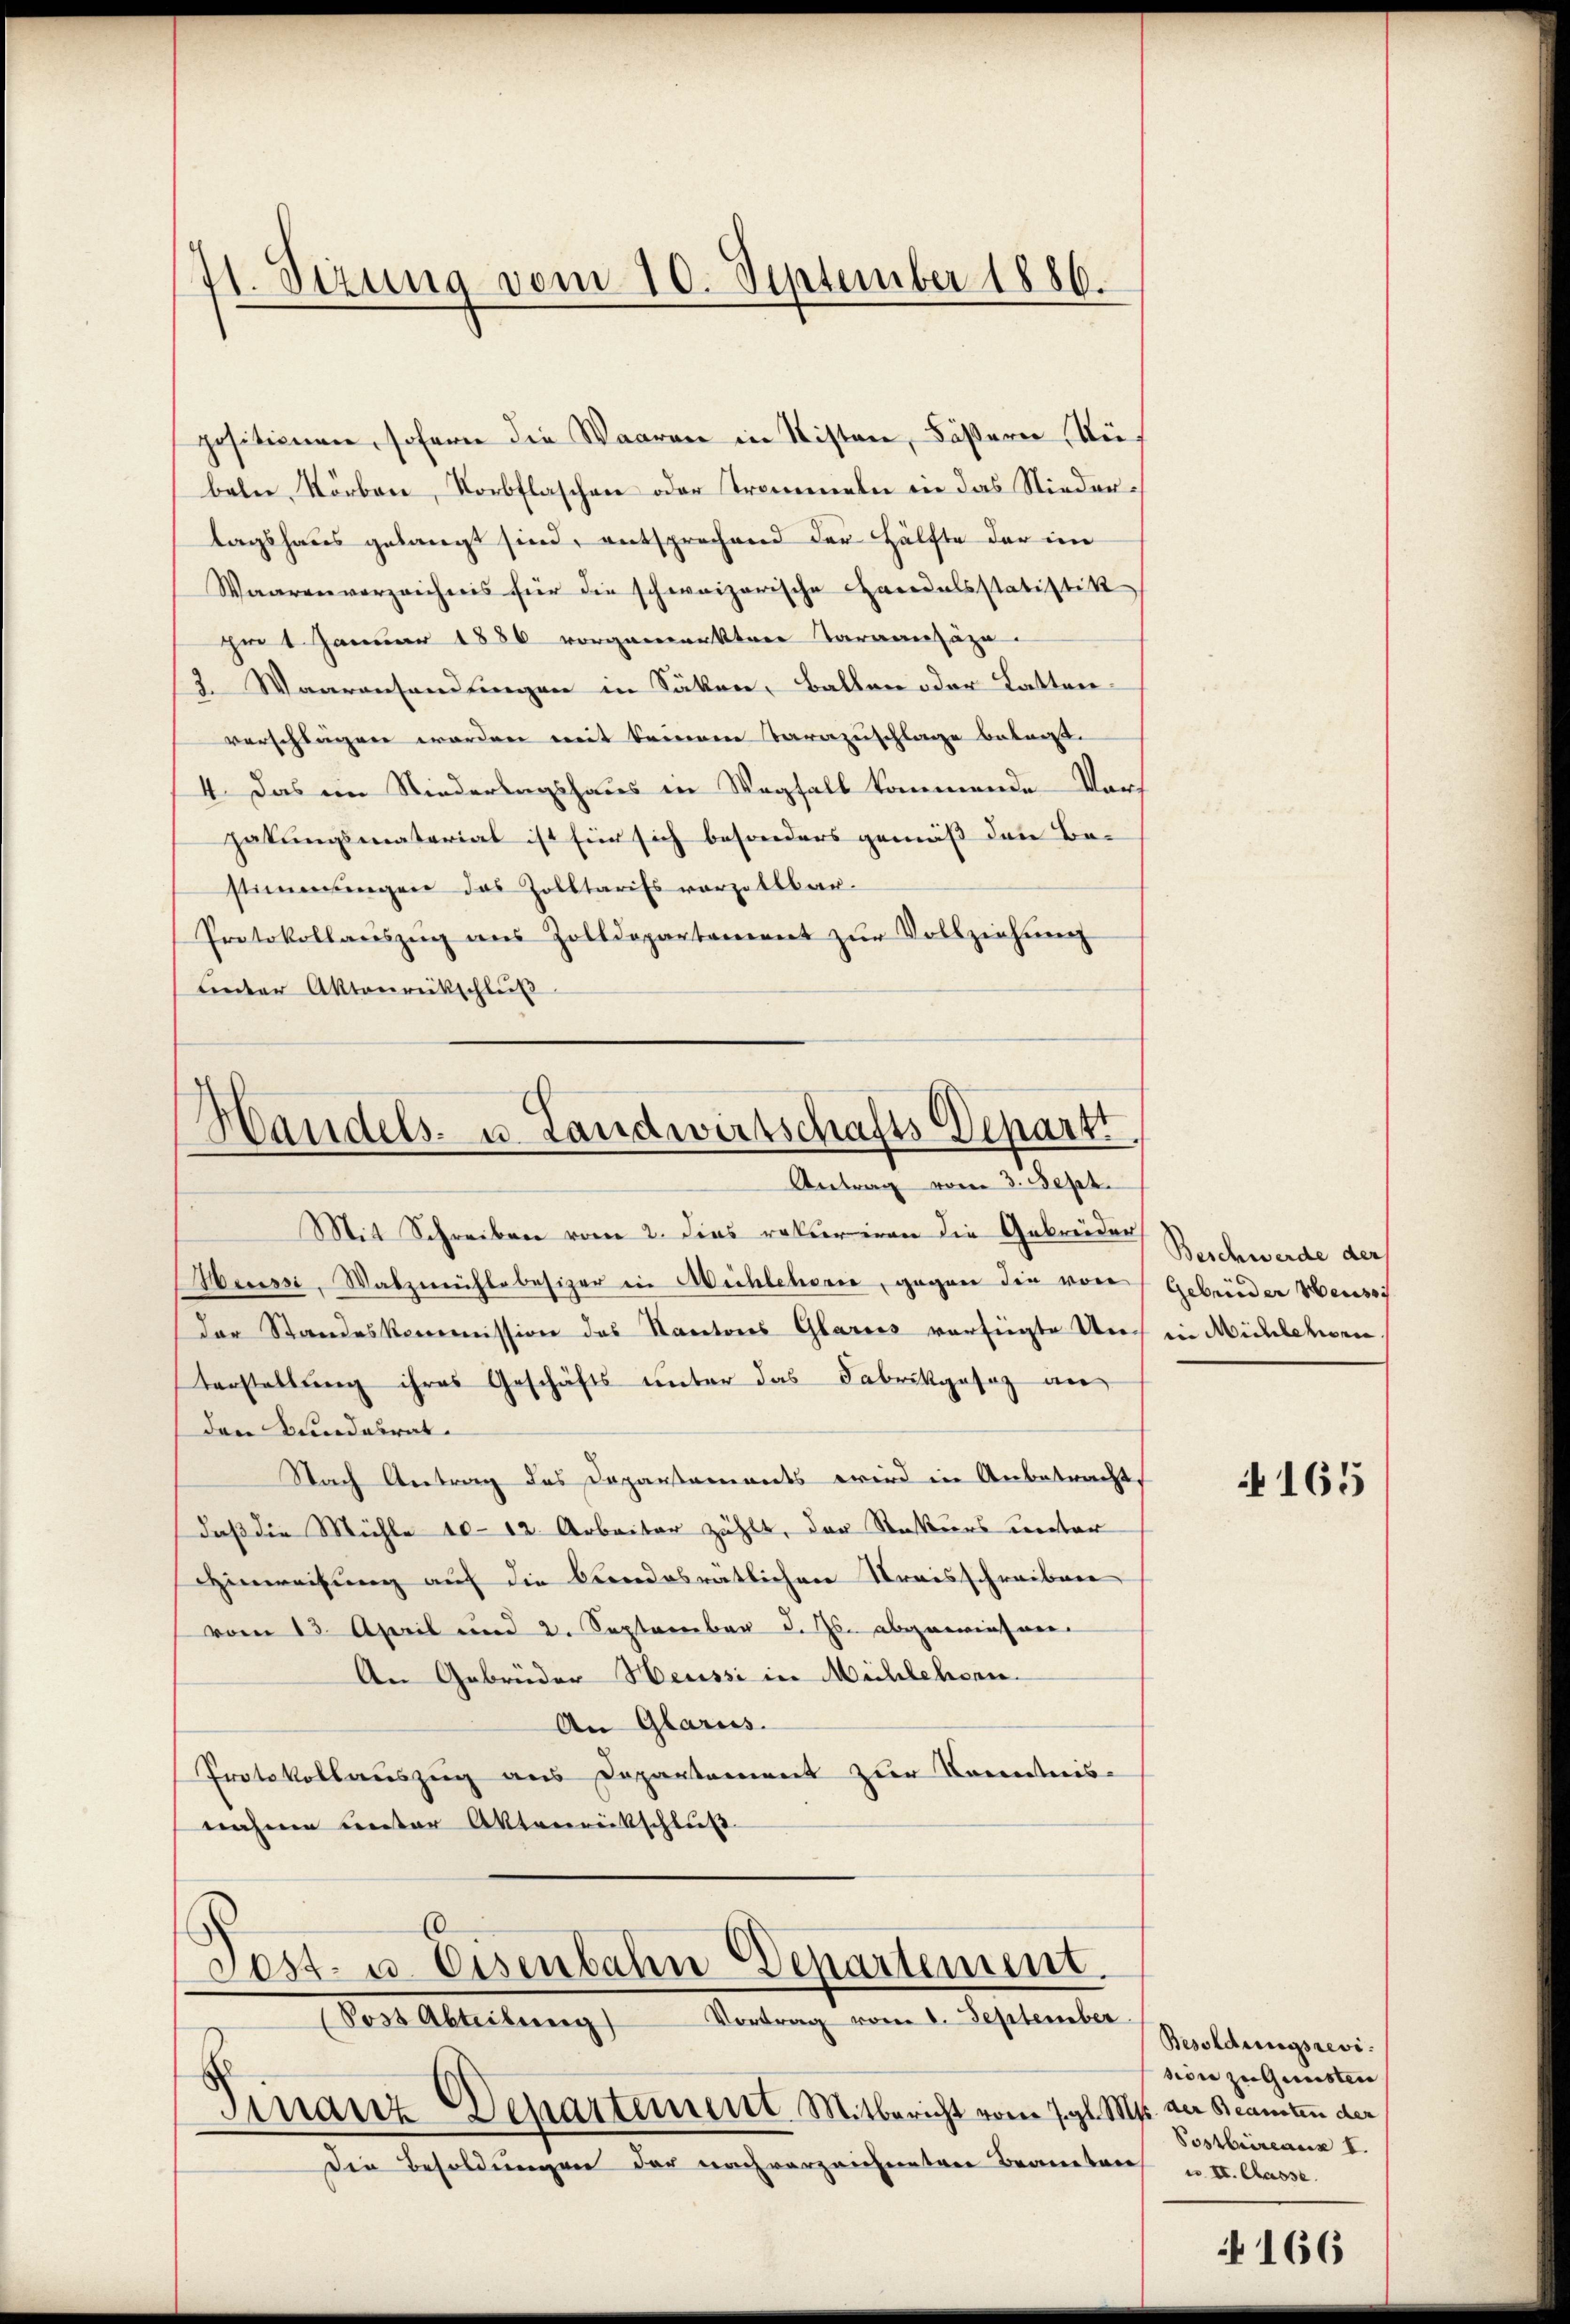
41. Sezung vom 10. September 1886.

positionen, sofern die Waaren in Nisten, Fäßern Aus
beln Körben, Korbflaschen oder Trommeln in das Niedertagshaus gelangt sind, entsprechend der Hälfte der im
Waarenverzeichnis für die schweizerische Caredalsstatistik
im 1. Januar 1886 vorgemerkten Taraanzäze
2. Waarensandtingen in Säken, Ballen oder Latten
verschlägen worden mit keinem Tarazuschlage betraf.
4. Das im Niederlagshaus in Wegfall kommende Vorhabungsmaterial ist für sich besonders gemäß den Bestimmungen das Zolltarifs vorzellbar.
Protokollaŭszŭg aŭs Zolldepartament zŭr Vollziehŭng
unter Aktenrückschluß

d
Handels- u. Landwirtschafts Departi
Antrag vom 3. Sept.

Post- u. Eisenbahn Departement.
Post Abteilŭng Vortrag vom 1. September.

Mit Schreiben vom 2. Dies ratier in die Gebreider
Weressi, Walzmühlebesizer in Michlehorn, gegen die von
der Standeskommission des Kantons Glarus verfügte Un-
terstellung ihres Geschäfts unter das Fabrikgesaz an
den Bundesrat
Nach Antrag des Dopansaments wird in Anbetracht
daß die Mühle 10-12. Arbeiter zählt, der Rekurs unter
Hinweisung auf die bundesrätlichen Kreisschreiben
vom 13. April und 2. September d. Js. abgewinne
An Gebrüder Heussi in Mühlehorn.
An Glarus.
Protokollauszug aus Departement zur Kenntnis-
nahme unter Aktenrückschluß

Finanz-Departement. Mitbericht vom 7. gl. Ms. der Beamten der
Die Besoldungen der nach vorzeichneten Brandten u. II. Classe.

Beschwerde der
Gebrüder Heussi
in Michlehor

4165

Besoldungsrevisidie zu Gunsten
Postbureaux I.

N 166